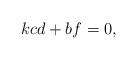
LaTeX: \begin{align*} kcd+bf=0, \end{align*}